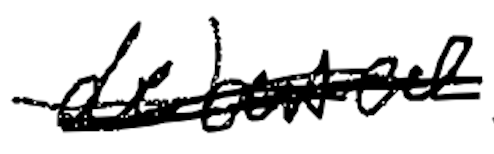
Text: debuted
Cross-out: scratch
Writing tool: digital_black